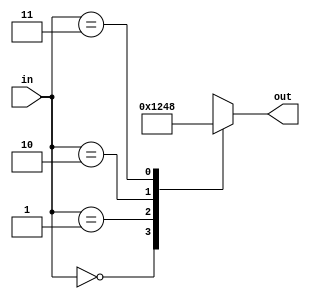
`timescale 1ns / 1ps

module Decode24(out, in);
  input [1:0] in;
  output [3:0] out;
  reg [3:0] out;//need reg to assign values to out via '='
  
  //when input changes, initiate always block
  always@(in)
    //check each case of input and direct to correct output
    case(in)
      2'b00: out = 4'b0001;
      2'b01: out = 4'b0010;
      2'b10: out = 4'b0100;
      2'b11: out = 4'b1000;
    endcase
endmodule